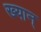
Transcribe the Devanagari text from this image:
ख्यान्